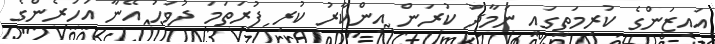
އައިޒަންގެ ކުރިމަތީގައި ނަމާދު ކުރަން އިންކާރު ކުރި ފުރަތަމަ ދުވަހު އޭނާ އަހަރެންގެ